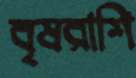
বৃষরাশি